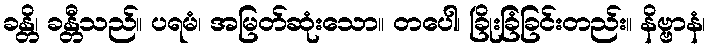
ခန္တိ၊ ခန္တီသည်။ ပရမံ၊ အမြတ်ဆုံးသော။ တပေါ၊ ခြိုးခြံခြင်းတည်း။ နိဗ္ဗာနံ၊